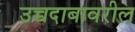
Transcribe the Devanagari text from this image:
उच्चदाबावरील